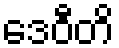
ဒေဝီတိ